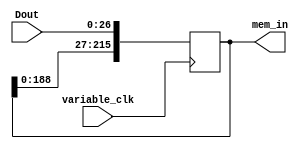
// max freq: 420MHz
// max freq: after discard control 900MHz

module concatenateDout
#(
	parameter no_of_digits = 8,
	parameter radix_bits = 3,
	parameter burst_index = 8
)

(
	Dout,
	variable_clk,
	mem_in
);
	
	localparam no_of_bits = (no_of_digits+1)*radix_bits;
	
	input wire [no_of_bits-1:0] Dout;
	input wire variable_clk;
	output reg [no_of_bits*burst_index-1:0] mem_in;
	reg [3:0] counter;
	reg [no_of_bits*burst_index-1:0] pre_out;
	
	initial begin
		counter = 3'b111;
		pre_out = {no_of_bits*burst_index{1'b0}};
	end
	
// full control version
//	always @ (posedge variable_clk)	begin
//		pre_out = {pre_out[no_of_bits*(burst_index-1)-1: 0], Dout};
//		if (counter < burst_index-1) begin
//			counter = counter + 4'b1;
//		end
//		else begin
//			mem_in = pre_out;
//			counter = 3'b0;
//		end
//	end
	
	
// faster version
	always @ (posedge variable_clk)	begin
		mem_in = {mem_in[no_of_bits*(burst_index-1)-1: 0], Dout};
	end
	
	
	
endmodule